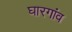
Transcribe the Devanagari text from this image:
घारगांव